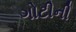
ગોટીની